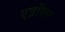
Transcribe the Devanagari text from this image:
एव्रॉक्स